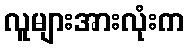
လူများအားလုံးက